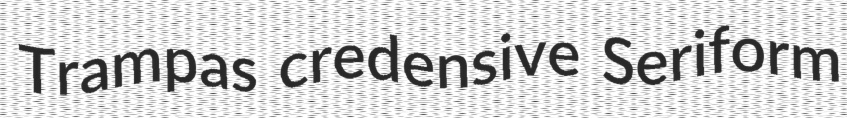
Trampas credensive Seriform